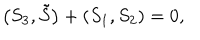
LaTeX: \left( S _ { 3 } , \tilde { S } \right) + \left( S _ { 1 } , S _ { 2 } \right) = 0 ,